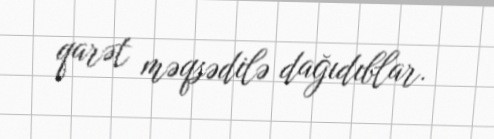
qarət məqsədilə dağıdıblar.